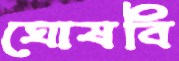
ঘোষবি